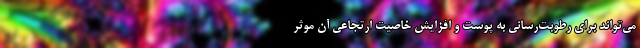
می‌تواند برای رطوبت‌‌رسانی به پوست و افزایش خاصیت ارتجاعی آن موثر